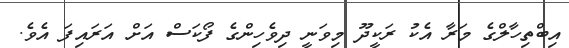
އިބްތިހާލްގެ މަރާ އެކު ރަކީދޫ މިވަނީ ދިވެހިންގެ ފޯކަސް އަށް އަރައިފަ އެވެ.